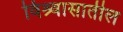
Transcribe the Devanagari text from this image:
विश्र्वासातील